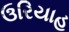
ઉરિયાહ